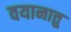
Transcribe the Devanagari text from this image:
वयानात्तु